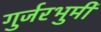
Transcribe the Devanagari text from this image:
गुर्जरभुमी